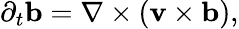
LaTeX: \partial_{t}{\mathbf{b}}=\nabla\times({\mathbf{v}}\times{\mathbf{b}}),